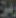
ومن